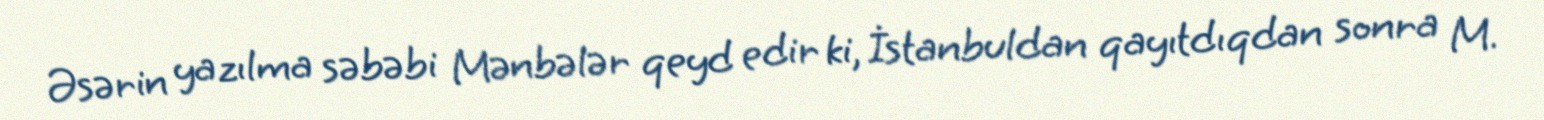
Əsərin yazılma səbəbi Mənbələr qeyd edir ki, İstanbuldan qayıtdıqdan sonra M.